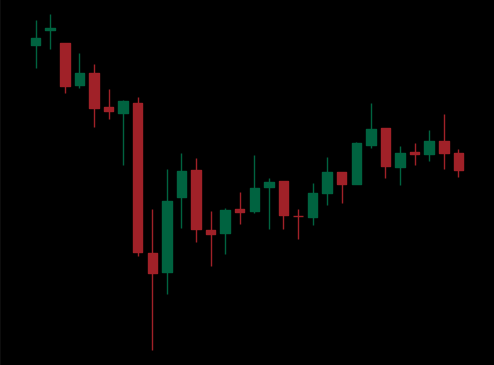
Pattern: unclassified